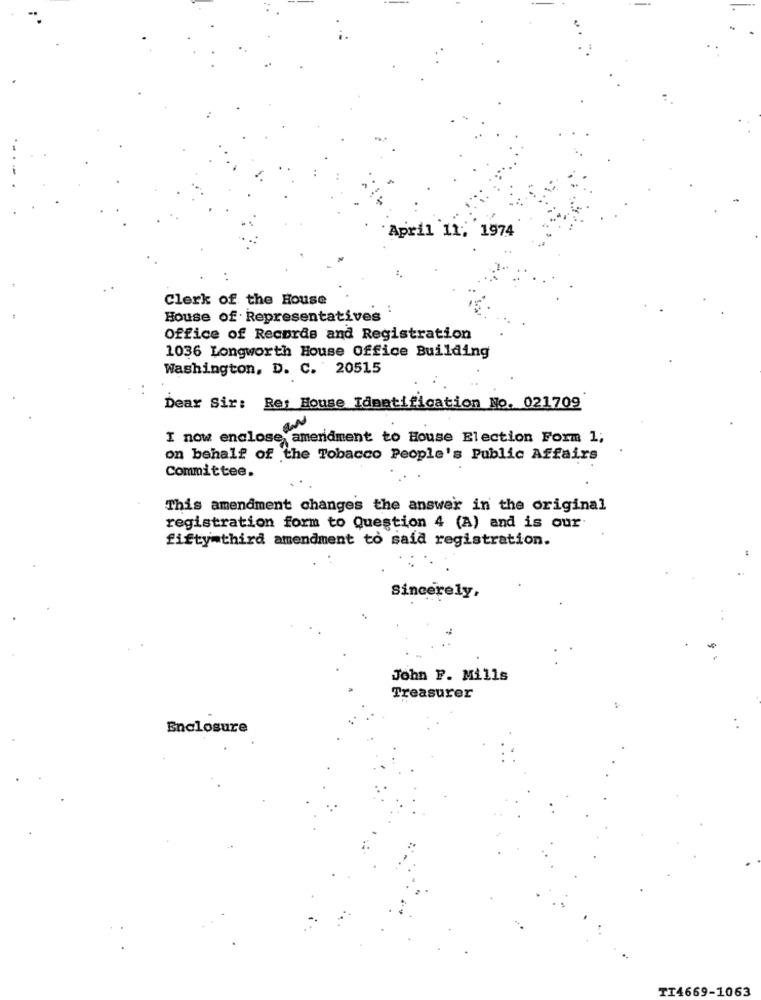
April 11; 1974
Clerk of the House
House of Representatives
Office of Records and Registration
1036 Longworth House Office Building
Washington, D. C. 20515
Dear Sir: Res House Identification No. 021709
I now enclose amendment to House Election Form 1;
on behalf of the Tobacco People's Public Affairs
Committee.
This amendment changes the answer in the original
registration form to Question 4 (A) and is our
fifty=third amendment to said registration.
Sincerely,
John F. Mills
Treasurer
Enclosure
TI4669-1063